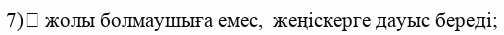
7)	 жолы болмаушыға емес,  жеңіскерге дауыс береді;